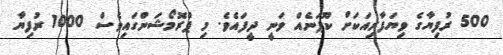
500 ރުފިޔާގެ ވިޔަފާރިއަކަށް ކޫޕަނެއް ވަނީ ދީފައެވެ. މި ޕްރޮމޯޝަންގައިވެސް 1000 ރުފިޔާ